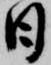
日